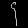
Digit: ၄